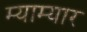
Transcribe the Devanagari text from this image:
म्याम्यार